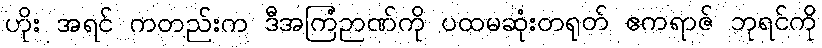
ဟိုး အရင် ကတည်းက ဒီအကြံဉာဏ်ကို ပထမဆုံးတရုတ် ဧကရာဇ် ဘုရင်ကို